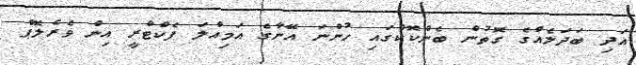
އަދި ބަދަލެއްގެ ގޮތުން ބެންކޮކްގައި ހުންނަ އޭނާގެ އަމިއްލަ ފެކްޓްރީ އިން ވެރެލޮޕް